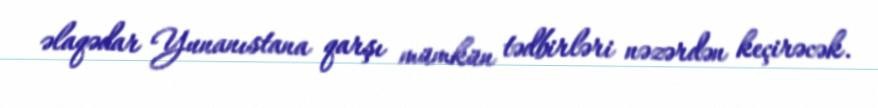
əlaqədar Yunanıstana qarşı mümkün tədbirləri nəzərdən keçirəcək.